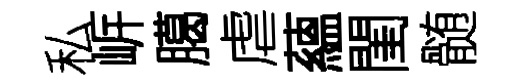
私㟁臈虐蘊閨髄